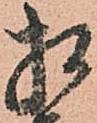
相